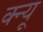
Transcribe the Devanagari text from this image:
क्न्यू